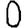
Digit: 0